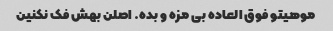
موهیتو فوق العاده بی مزه و بده. اصلن بهش فک نکنین